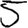
Digit: 5